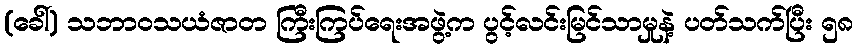
(ခေါ်) သဘာဝသယံဇာတ ကြီးကြပ်ရေးအဖွဲ့က ပွင့်လင်းမြင်သာမှုနဲ့ ပတ်သက်ပြီး ၅၈